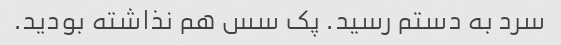
سرد به دستم رسید. پک سس هم نذاشته بودید.